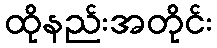
ထိုနည်းအတိုင်း